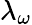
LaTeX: \lambda_{\omega}